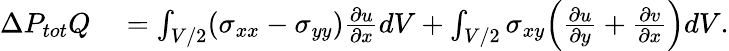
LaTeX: \begin{array}{rl}{\Delta P_{tot}Q}&{{}=\int_{V/2}(\sigma_{xx}-\sigma_{yy})\frac{\partial u}{\partial x}dV+\int_{V/2}\sigma_{xy}\Bigl(\frac{\partial u}{\partial y}+\frac{\partial v}{\partial x}\Bigr)dV.}\end{array}